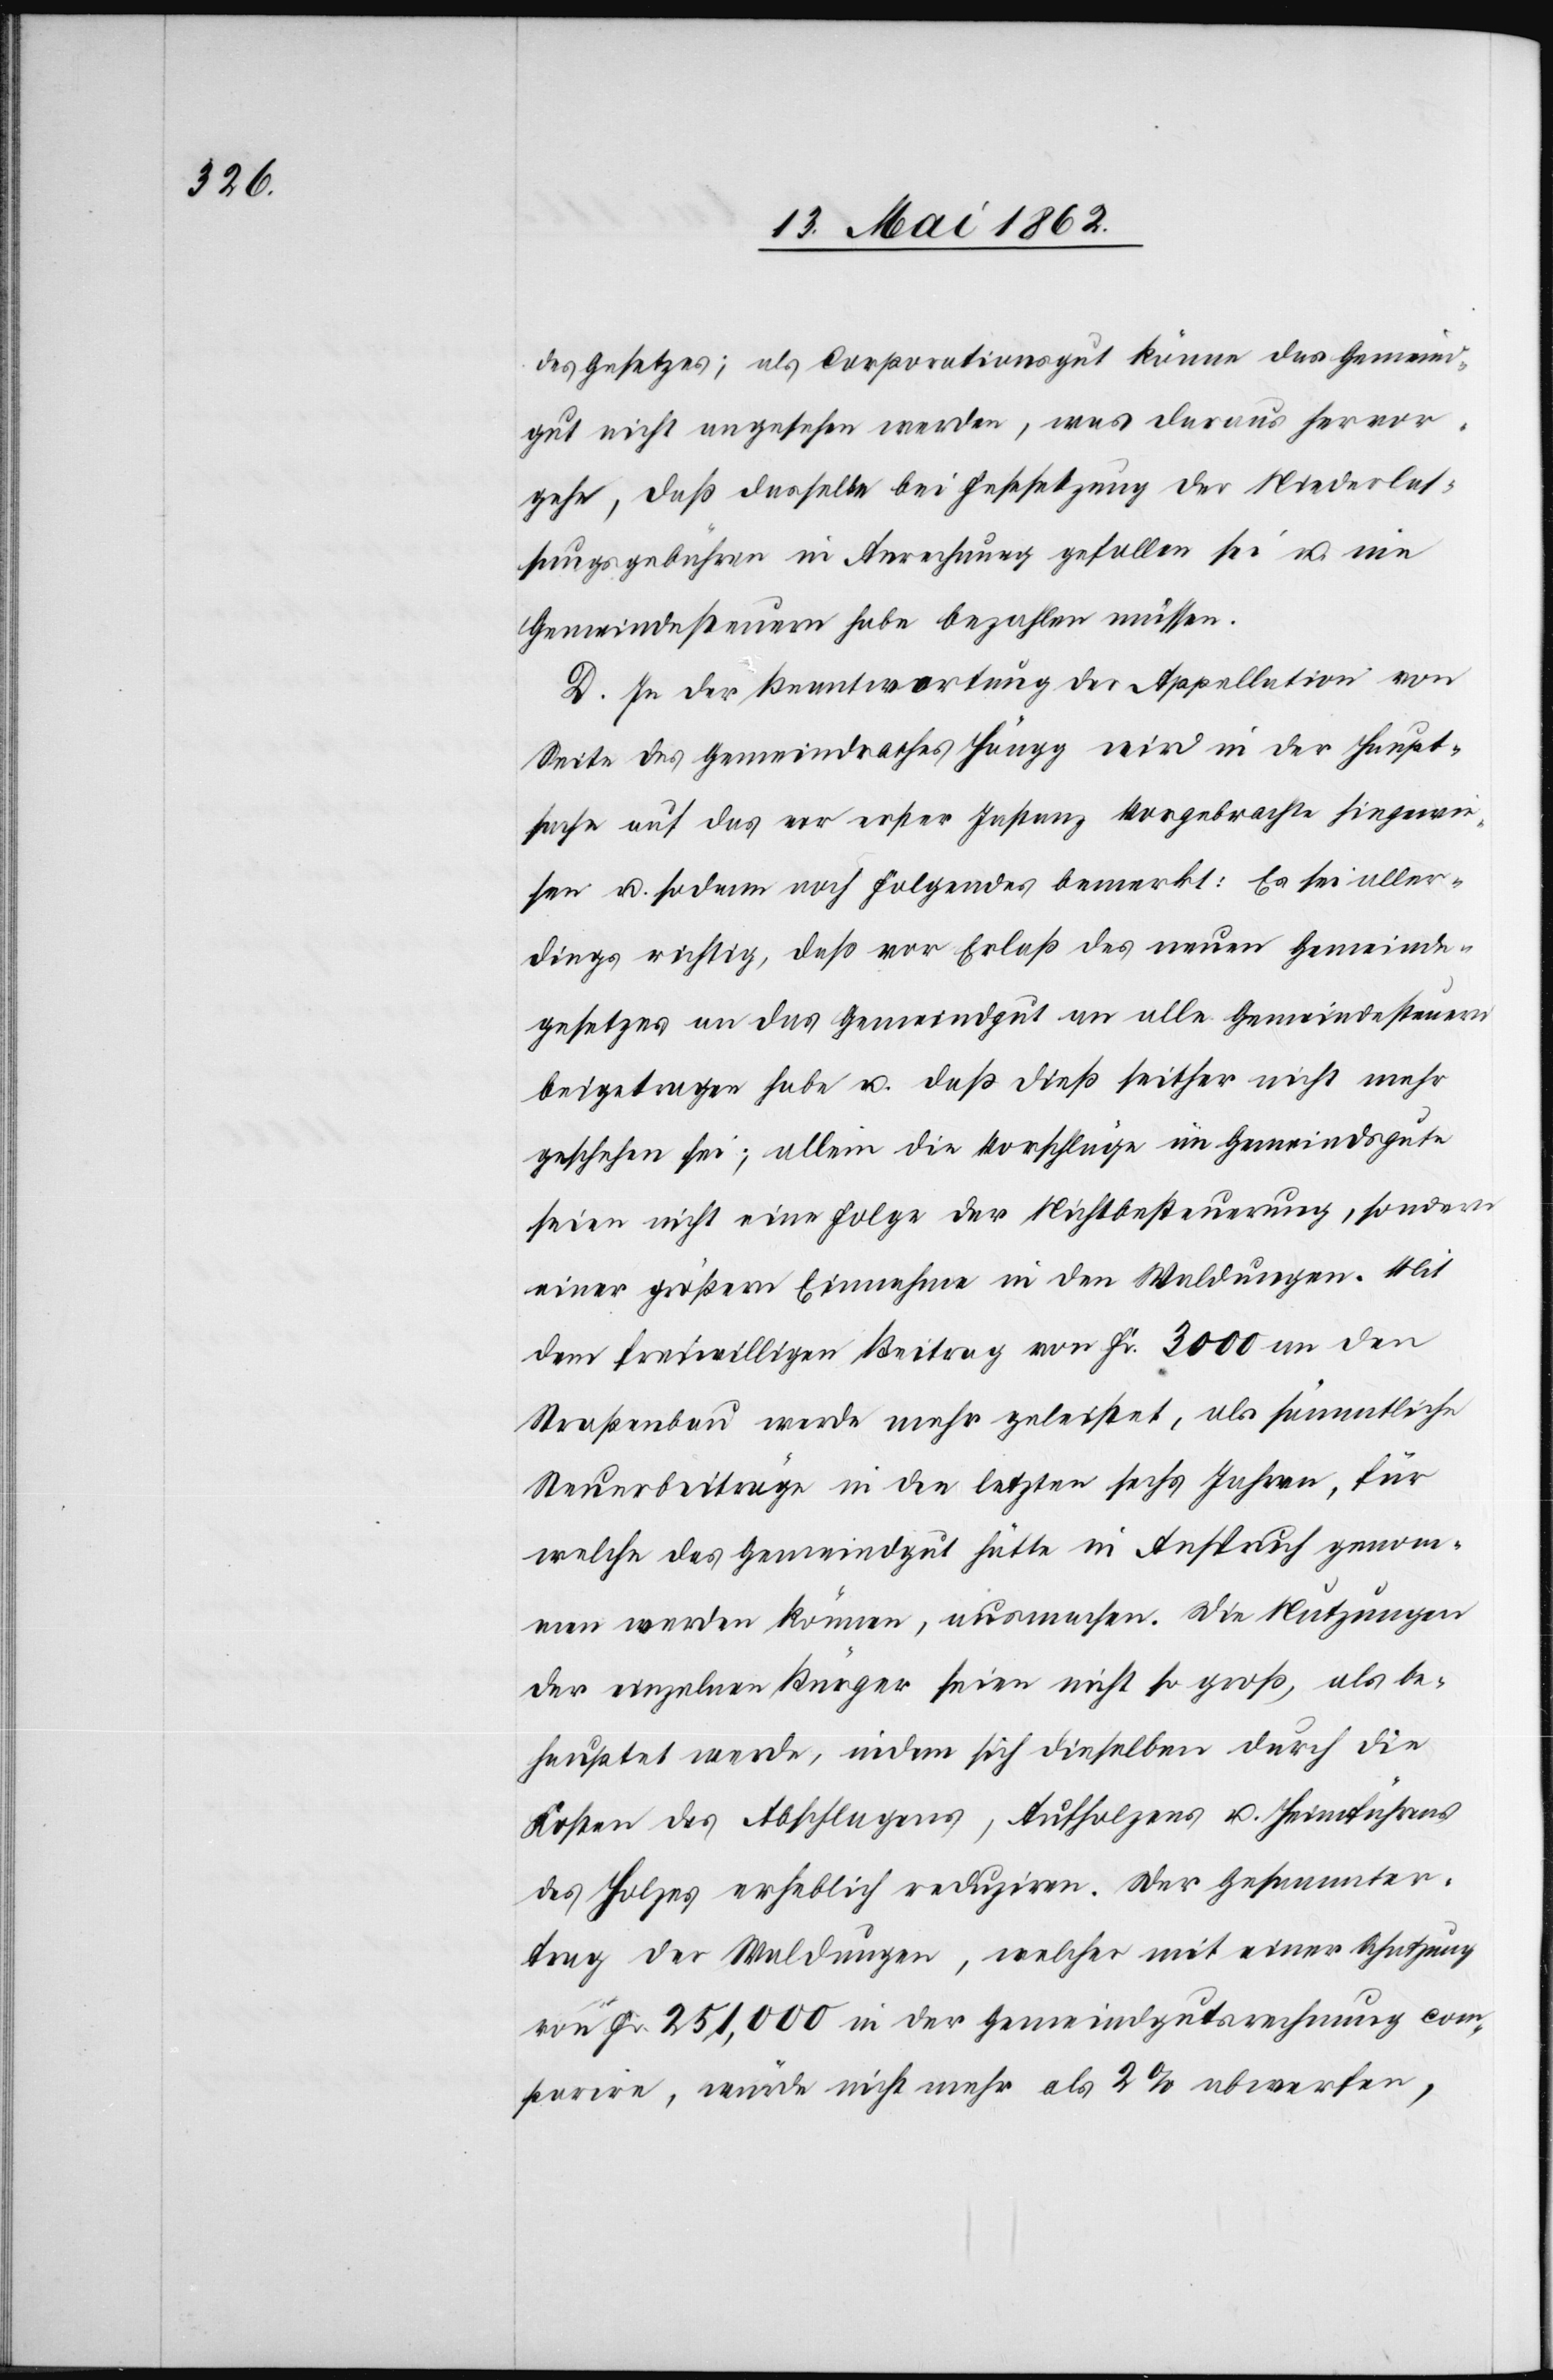
des Gesetzes; als Corporationsgut könne das Gemeind¬
gut nicht angesehen werden, was daraus hervor¬
gehe, daß dasselbe bei Festsetzung der Niederlas¬
sungsgebühren in Anrechnung gefallen sei u. nie
Gemeindesteuern habe bezahlen müssen.
D. In der Beantwortung der Appellation von
Seite des Gemeindrathes Höngg wird in der Haupt¬
sache auf das vor erster Instanz Vorgebrachte hingewie¬
sen u. sodann noch folgendes bemerkt: Es sei aller¬
dings richtig, daß vor Erlaß des neuen Gemeinde¬
gesetzes an das Gemeindgut an alle Gemeindesteuern
beigetragen habe u. daß dieß seither nicht mehr
geschehen sei; allein die Vorschläge im Gemeindsgute
seien nicht einer Folge der Nichtbesteuerung, sondern
einer größern Einnahme in den Waldungen. Mit
dem freiwilligen Beitrag von Fr. 3000 an den
Straßenbau werde mehr geleistet, als sämmtliche
Steuerbeiträge in den letzten sechs Jahren, für
welche das Gemeindgut hätte in Anspruch genom¬
men werden können, ausmachen. Die Nutzungen
der einzelnen Bürger seien nicht so groß, als be¬
hauptet werde, indem sich dieselben durch die
Kosten des Abschlagens, Aufholzens u. Heimführens
des Holzes erheblich reduziren. Der Gesammter¬
trag der Waldungen, welcher mit einer Schatzung
von Fr. 251,000 in der Gemeindgutsrechnung com¬
parire, würde nicht mehr als 2% abwerfen,